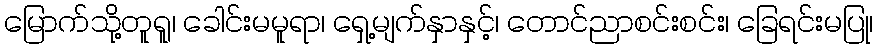
မြောက်သို့တူရူ၊ ခေါင်းမမူရာ၊ ရှေ့မျက်နှာနှင့်၊ တောင်ညာစင်းစင်း၊ ခြေရင်းမပြု၊